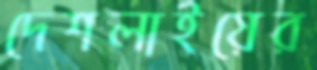
দেশলাইয়ের